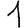
Digit: 1